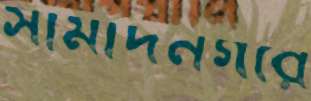
সামাদনগরে